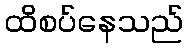
ထိစပ်နေသည်